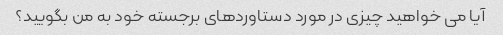
آیا می خواهید چیزی در مورد دستاوردهای برجسته خود به من بگویید؟